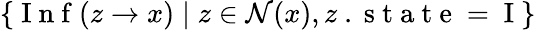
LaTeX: \{ \mathrm{~I~n~f~}(z\to x)\; |\; z\in\mathcal{N}(x),z\mathrm{~.~s~t~a~t~e~=~I~}\}